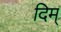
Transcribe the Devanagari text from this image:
दिम्